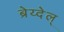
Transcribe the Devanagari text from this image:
ब्रेय्देल्